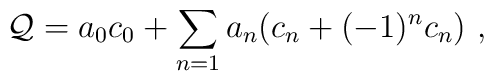
{\cal Q} = a_0 c_0 + \sum_{n=1} a_n (c_n + (-1)^n c_n)  \ ,